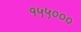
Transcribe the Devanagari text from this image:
१५५०००